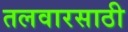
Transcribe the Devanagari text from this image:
तलवारसाठी